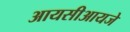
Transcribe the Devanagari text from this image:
आयसीआयजे